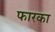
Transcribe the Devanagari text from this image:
फारका